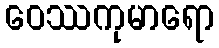
ဝေဿကုမာရော